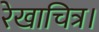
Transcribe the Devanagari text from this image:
रेखाचित्र।